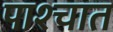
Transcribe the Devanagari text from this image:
पाश्‍चात